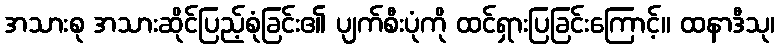
အသားစု အသားဆိုင်ပြည့်စုံခြင်း၏ ပျက်စီးပုံကို ထင်ရှားပြခြင်းကြောင့်။ ထနာဒီသု၊